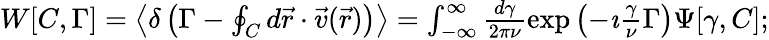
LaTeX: \begin{array}{r}{W[C,\Gamma]=\left\langle\delta\left(\Gamma-\oint_{C}d\vec{r}\cdot\vec{v}(\vec{r})\right)\right\rangle=\int_{-\infty}^{\infty}\frac{d\gamma}{2\pi\nu}\exp\left(-\imath\frac{\gamma}{\nu}\Gamma\right)\Psi[\gamma,C];}\end{array}